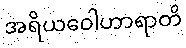
အရိယဝေါဟာရာတိ